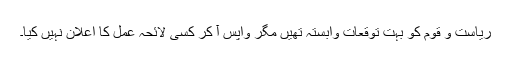
ریاست و قوم کو بہت توقعات وابستہ تھیں مگر واپس آ کر کسی لائحہ عمل کا اعلان نہیں کیا۔